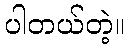
ပါတယ်တဲ့။